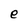
Character: e